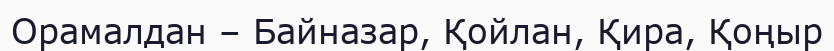
Орамалдан – Байназар, Қойлан, Қира, Қоңыр